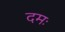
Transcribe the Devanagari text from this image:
दमः